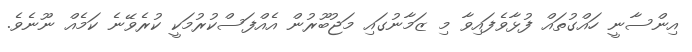
އިންސާނީ ހައްގުތައް ފުޅާވެފައިވާ މި ޒަމާނުގައި މަޖުބޫރުން އެއްފަސްކުރުމަކީ ކުރެވޭނެ ކަމެއް ނޫނެވެ.